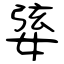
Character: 婱